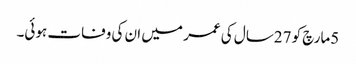
5مارچ کو 27سال کی عمر میں ان کی وفات ہوئی۔